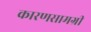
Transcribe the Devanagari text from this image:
कारणसामग्री